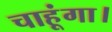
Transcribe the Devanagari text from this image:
चाहूंगा।